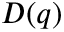
D ( q )